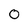
Character: 0